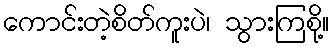
ကောင်းတဲ့စိတ်ကူးပဲ၊ သွားကြစို့။